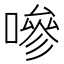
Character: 嘇